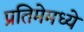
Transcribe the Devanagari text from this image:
प्रतिमेमध्ये